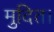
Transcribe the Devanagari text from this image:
मुदित।